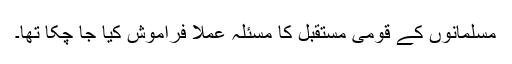
مسلمانوں کے قومی مستقبل کا مسئلہ عملاً فراموش کیا جا چکا تھا۔